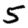
Digit: 5